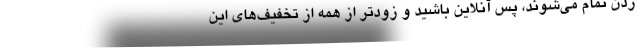
زدن تمام می‌شوند، پس آنلاین باشید و زودتر از همه از تخفیف‌های این